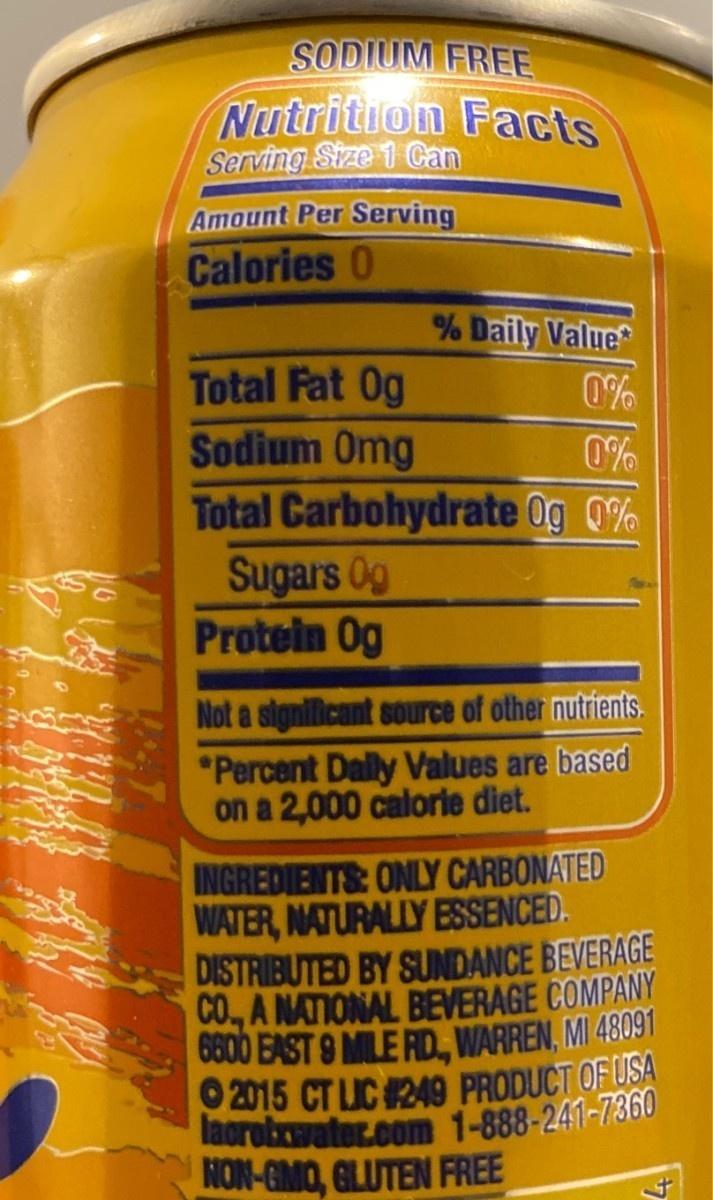
SODIUM FREE
Nutrition Facts
Serving Size 1 Can
Amount Per Serving Calories 0
Total Fat Og
Sodium Omg
% Daily Value
Sugars Og
Protein Og
0%
0%
Total Carbohydrate 0g 0%
Not a significant source of other nutrients. *Percent Daily Values are based on a 2,000 calorie diet.
INGREDIENTS: ONLY CARBONATED WATER, NATURALLY ESSENCED. DISTRIBUTED BY SUNDANCE BEVERAGE CO., A NATIONAL BEVERAGE COMPANY 6600 EAST 9 MILE RD WARREN, MI 48091
2015 CT LIC #249 PRODUCT OF USA lacroixwater.com 1-888-241-7360 NON-GMO, GLUTEN FREE